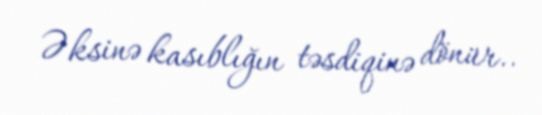
Əksinə kasıblığın təsdiqinə dönür..